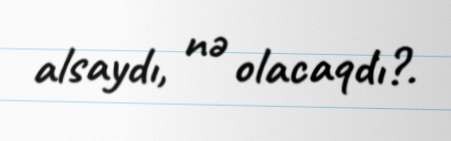
alsaydı, nə olacaqdı?.